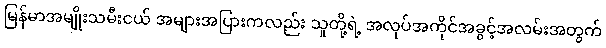
မြန်မာအမျိုးသမီးငယ် အများအပြားကလည်း သူတို့ရဲ့ အလုပ်အကိုင်အခွင့်အလမ်းအတွက်